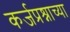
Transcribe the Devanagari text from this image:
कर्जप्रश्नाच्या